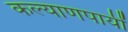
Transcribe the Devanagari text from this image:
कल्याणपायीं